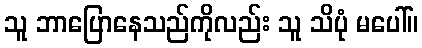
သူ ဘာပြောနေသည်ကိုလည်း သူ သိပုံ မပေါ်။